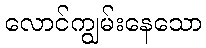
လောင်ကျွမ်းနေသော